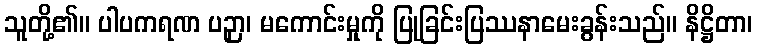
သူတို့၏။ ပါပကရဏ ပဉှာ၊ မကောင်းမှုကို ပြုခြင်းပြဿနာမေးခွန်းသည်။ နိဋ္ဌိတာ၊